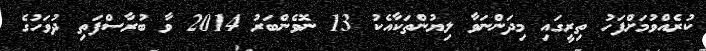
ކުރެއްވުމަށްފަހު ތިރީގައި މިދަންނަވާ ލިޔުންތަކާއެކު 13 ނޮވެންބަރު 2014 ވާ ބުރާސްފަތި ދުވަހުގެ